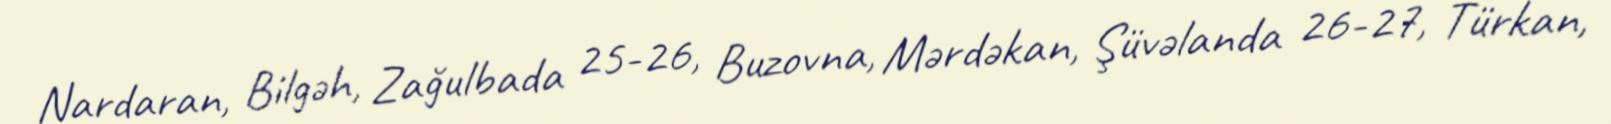
Nardaran, Bilgəh, Zağulbada 25-26, Buzovna, Mərdəkan, Şüvəlanda 26-27, Türkan,